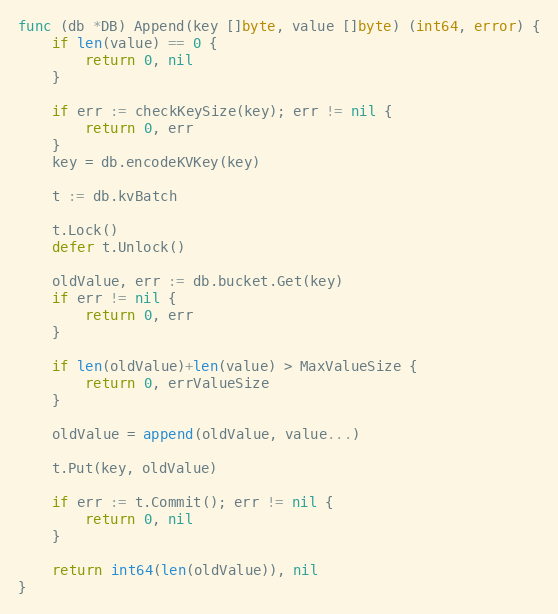
Language: Go
func (db *DB) Append(key []byte, value []byte) (int64, error) {
	if len(value) == 0 {
		return 0, nil
	}

	if err := checkKeySize(key); err != nil {
		return 0, err
	}
	key = db.encodeKVKey(key)

	t := db.kvBatch

	t.Lock()
	defer t.Unlock()

	oldValue, err := db.bucket.Get(key)
	if err != nil {
		return 0, err
	}

	if len(oldValue)+len(value) > MaxValueSize {
		return 0, errValueSize
	}

	oldValue = append(oldValue, value...)

	t.Put(key, oldValue)

	if err := t.Commit(); err != nil {
		return 0, nil
	}

	return int64(len(oldValue)), nil
}